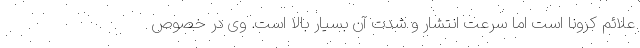
علائم کرونا است اما سرعت انتشار و شدت آن بسیار بالا است. وی در خصوص